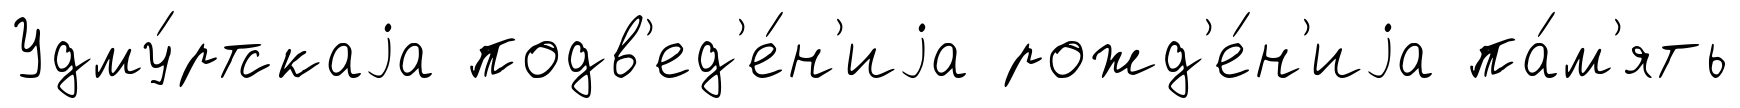
Удму́ртскаjа подв'ед'е́н'иjа рожд'е́н'иjа па́м'ять